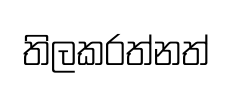
තිලකරත්නත්